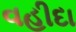
વહીદા